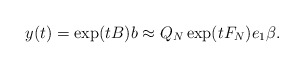
\begin{align*} y (t) = \exp(tB)b\approx Q_N\exp(tF_N)e_1\beta.\end{align*}